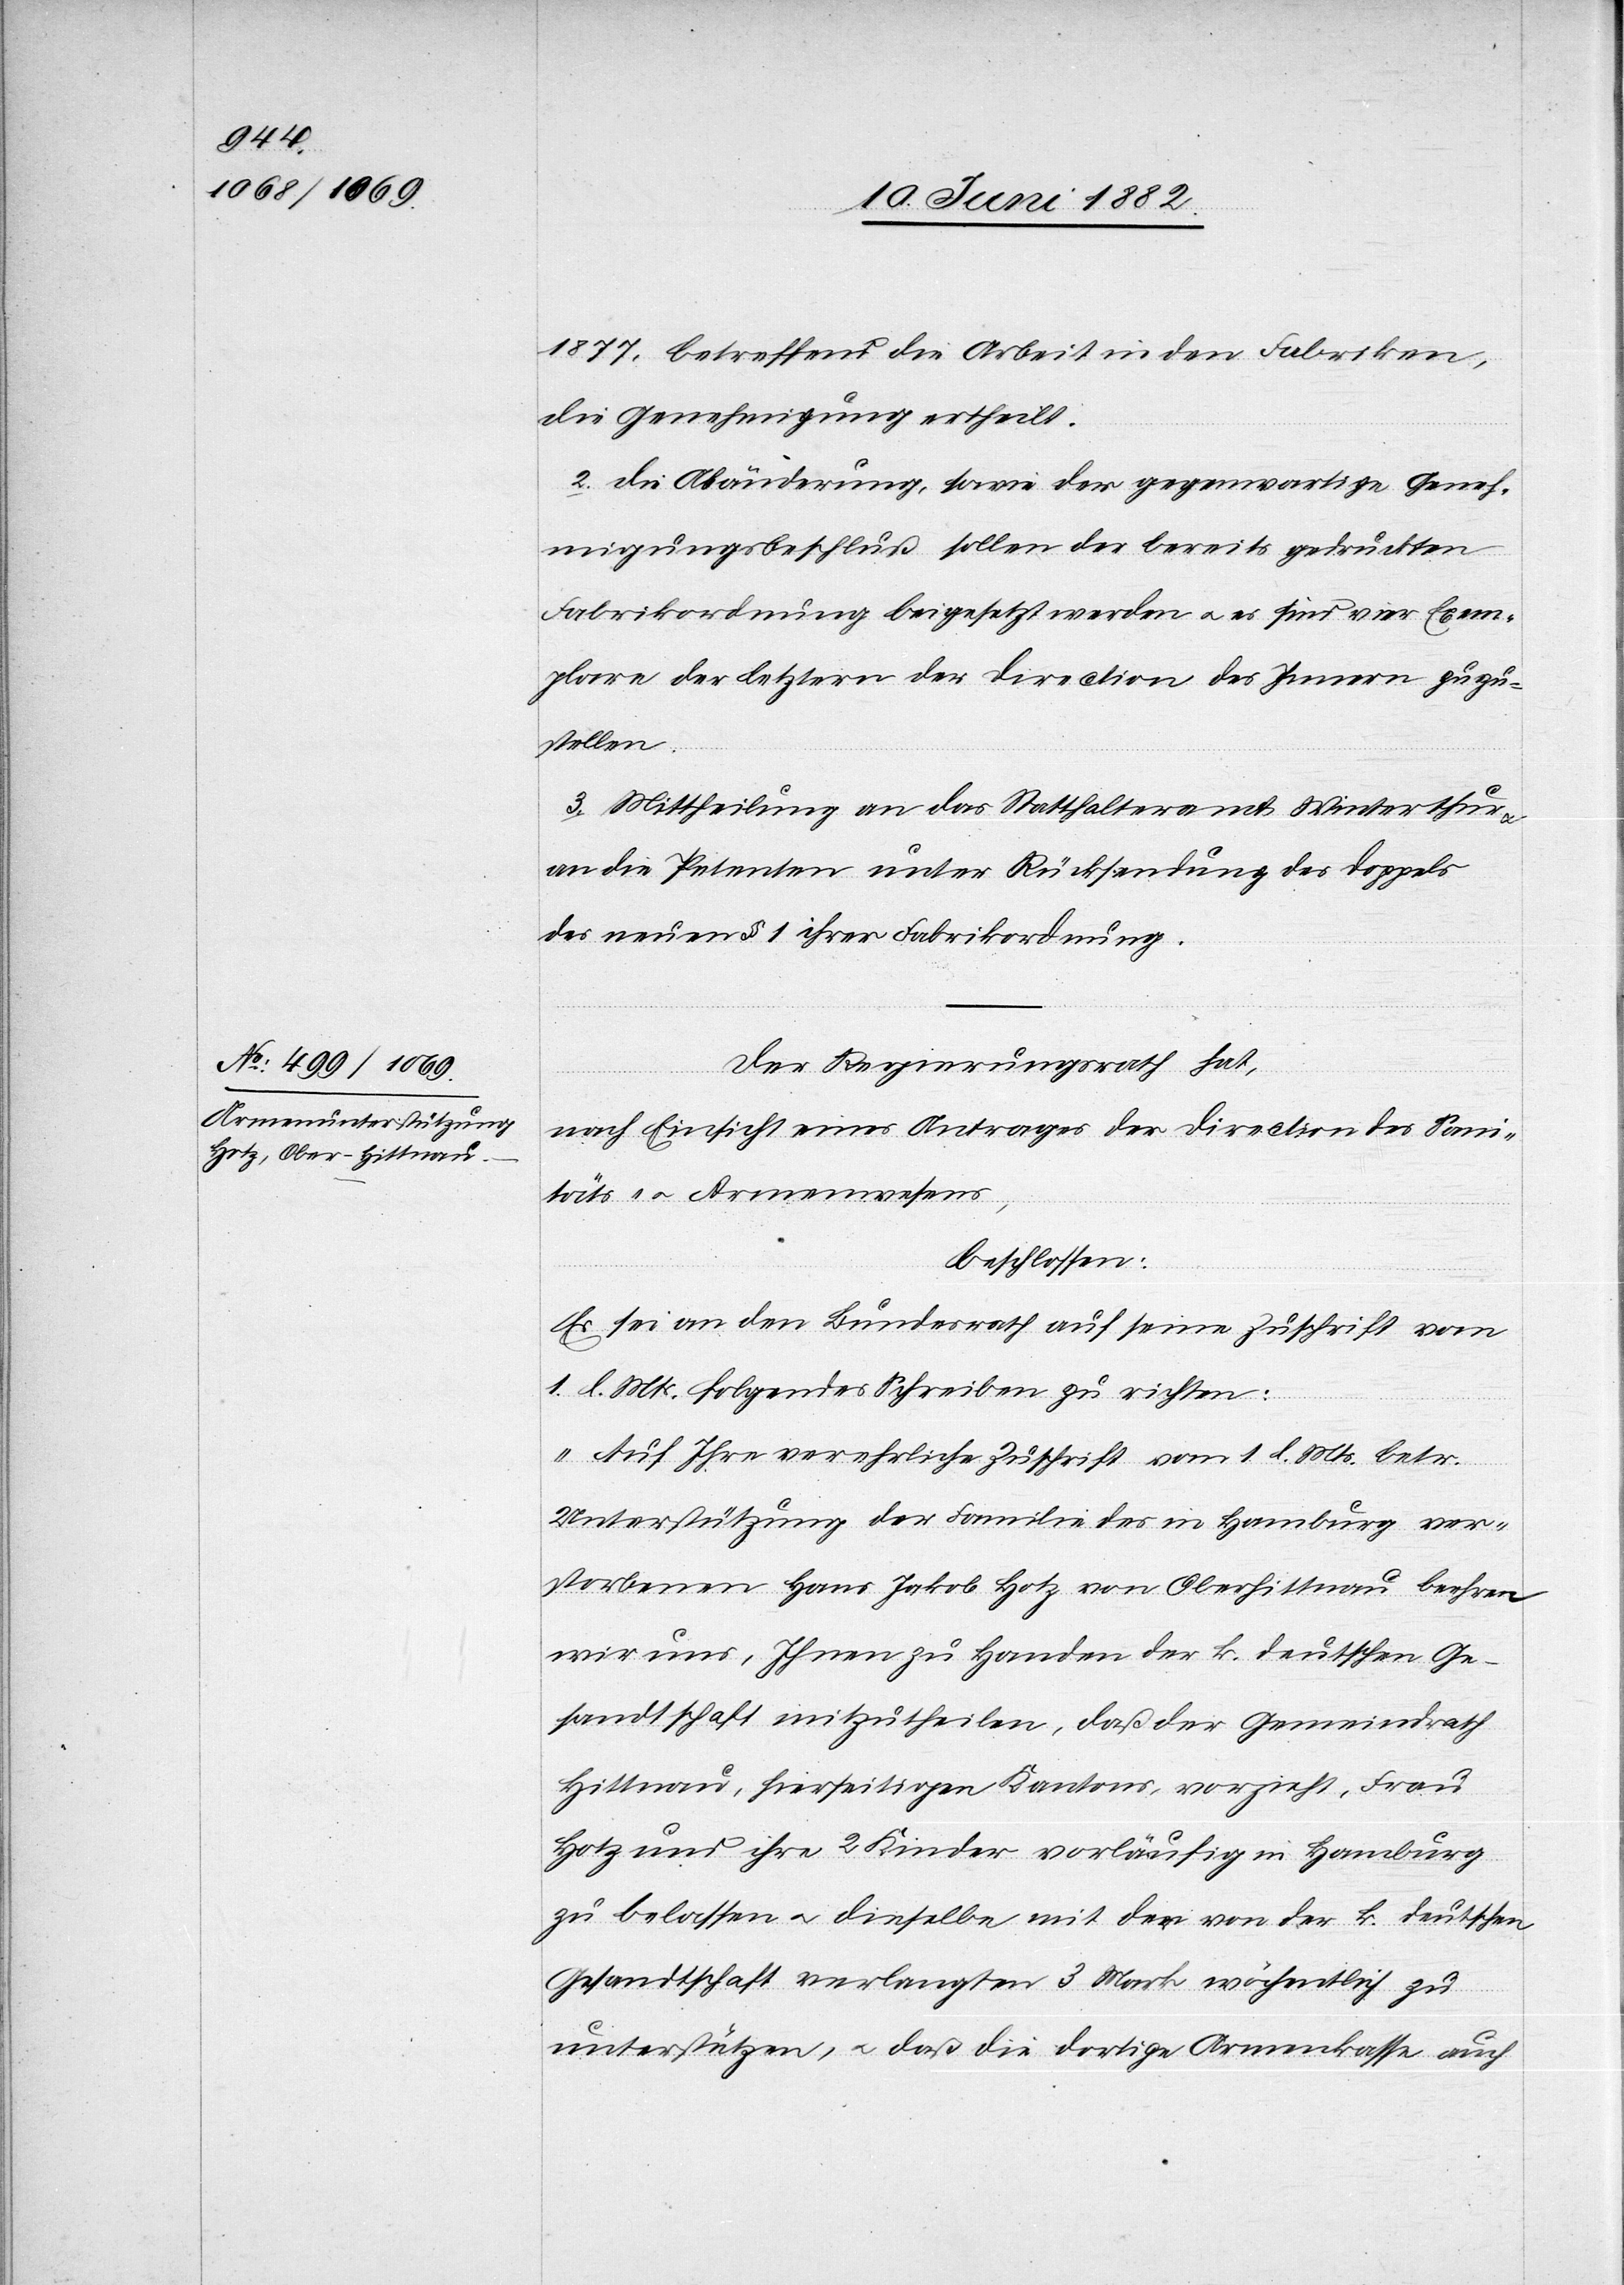
1877, betreffend die Arbeit in den Fabriken,
die Genehmigung ertheilt.
2. Die Abänderung, sowie der gegenwärtige Geneh¬
migungsbeschluß sollen der bereits gedruckten
Fabrikordnung beigesetzt werden u. es sind vier Exem¬
plare der letztern der Direction des Innern zuzu¬
stellen.
3. Mittheilung an das Statthalteramt Winterthur
an die Petenten unter Rücksendung des Doppels
des neuen § 1 ihrer Fabrikordnung.
Der Regierungsrath hat,
nach Einsicht eines Antrages der Direction des Sani¬
täts- u. Armenwesens,
beschlossen:
Es sei an den Bundesrath auf seine Zuschrift vom
1. l. Mts. folgendes Schreiben zu richten:
„Auf Ihre verehrliche Zuschrift vom 1. l. Mts. betr.
Unterstützung der Familie des in Hamburg ver¬
storbenen Hans Jakob Hotz von Oberhittnau beehren
wir uns, Ihnen zu Handen der k. deutschen Ge¬
sandtschaft mitzutheilen, daß der Gemeindrath
Hittnau, hierseitigen Kantons, vorzieht, Frau
Hotz und ihre 2 Kinder vorläufig in Hamburg
zu belassen u. dieselbe mit den von der k. deutschen
Gesandtschaft verlangten 3 Mark wöchentlich zu
unterstützen, u. daß die dortige Armenkasse auch